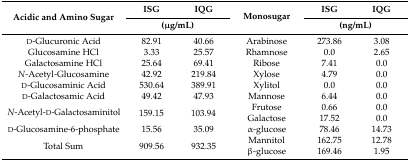
<table><thead><tr><td rowspan="2"><b>Acidic and Amino Sugar</b></td><td><b>ISG</b></td><td><b>IQG</b></td><td rowspan="2"><b>Monosugar</b></td><td><b>ISG </b></td><td><b>IQG</b></td></tr><tr><td colspan="2"><b>(μg/mL)</b></td><td colspan="2"><b>(ng/mL)</b></td></tr></thead><tbody><tr><td>d-Glucuronic Acid</td><td>82.91</td><td>40.66</td><td>Arabinose</td><td>273.86</td><td>3.08</td></tr><tr><td>Glucosamine HCl</td><td>3.33</td><td>25.57</td><td>Rhamnose</td><td>0.0</td><td>2.65</td></tr><tr><td>Galactosamine HCl</td><td>25.64</td><td>69.41</td><td>Ribose</td><td>7.41</td><td>0.0</td></tr><tr><td><i>N</i>-Acetyl-Glucosamine</td><td>42.92</td><td>219.84</td><td>Xylose</td><td>4.79</td><td>0.0</td></tr><tr><td>d-Glucosaminic Acid</td><td>530.64</td><td>389.91</td><td>Xylitol</td><td>0.0</td><td>0.0</td></tr><tr><td>d-Galactosamic Acid</td><td>49.42</td><td>47.93</td><td>Mannose</td><td>6.44</td><td>0.0</td></tr><tr><td rowspan="2"><i>N</i>-Acetyl-d-Galactosaminitol</td><td rowspan="2">159.15</td><td rowspan="2">103.94</td><td>Frutose</td><td>0.66</td><td>0.0</td></tr><tr><td>Galactose</td><td>17.52</td><td>0.0</td></tr><tr><td>d-Glucosamine-6-phosphate</td><td>15.56</td><td>35.09</td><td>α-glucose</td><td>78.46</td><td>14.73</td></tr><tr><td rowspan="2">Total Sum</td><td rowspan="2">909.56</td><td rowspan="2">932.35</td><td>Mannitol</td><td>162.75</td><td>12.78</td></tr><tr><td>β-glucose</td><td>169.46</td><td>1.95</td></tr></tbody></table>